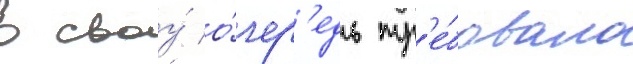
в своу́ о́чер'едь тр'е́бовало